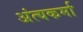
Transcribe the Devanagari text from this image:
अंत्यकर्मा